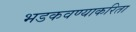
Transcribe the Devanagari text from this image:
भडकवण्याकरिता